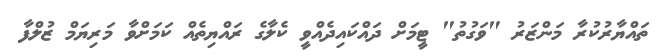
ތައްޔާރުކުރާ މަންޒަރު "ވަގުތު" ޓީމަށް ދައްކައިދެއްވީ ކެލާގެ ރައްޔިތެއް ކަމަށްވާ މަރިޔަމް ޒުލްފާ